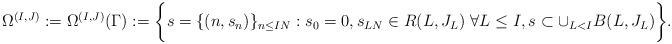
LaTeX: \begin{align*} \Omega^{(I,J)}:= \Omega^{(I,J)}(\Gamma) := \bigg\{ s = \{(n,s_n)\}_{n \leq IN}: s_0=0,s_{LN} \in R(L,J_L)\ \forall L\leq I, s \subset \cup_{L<I} B(L,J_L) \bigg\}.\end{align*}